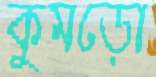
কুমড়ো